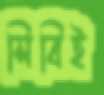
সিবিই